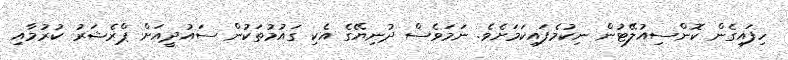
ހިފައިގެން ކޮންސިއުލޭޓުން ނިކުމެފައިކަމަށެވެ. ނަމަވެސް ދުނިޔޭގެ އެކި ގައުމުތަކުން ސައުދީއަށް ޕްރެޝަރު ކުރުމާއި